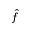
\hat { f }